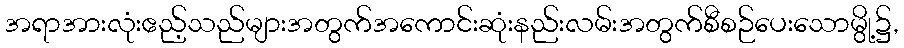
အရာအားလုံးဧည့်သည်များအတွက်အကောင်းဆုံးနည်းလမ်းအတွက်စီစဉ်ပေးသောမွို့၌,